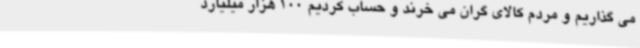
می گذاریم و مردم کالای گران می خرند و حساب کردیم 100 هزار میلیارد